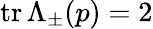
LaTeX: \operatorname{tr}\Lambda_{\pm}(p)=2